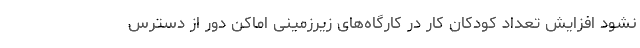
نشود افزایش تعداد کودکان کار در کارگاه‌های زیرزمینی اماکن دور از دسترس